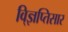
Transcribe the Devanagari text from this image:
वि्ज्ञप्तिसार